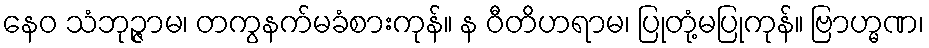
နေဝ သံဘုဉ္ဇာမ၊ တကွနက်မခံစားကုန်။ န ဝီတိဟရာမ၊ ပြုတုံ့မပြုကုန်။ ဗြာဟ္မဏ၊